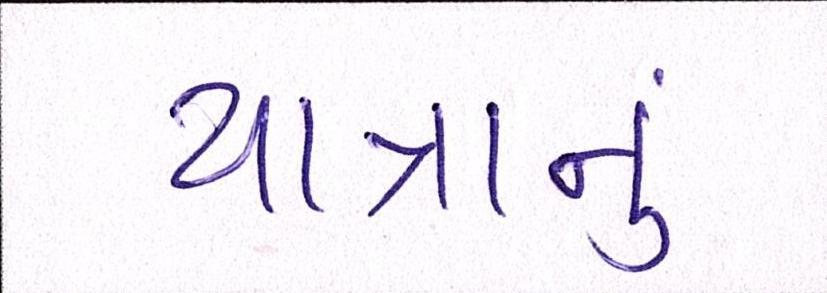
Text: યાત્રાનું